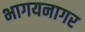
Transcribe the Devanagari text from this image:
भागयनागर